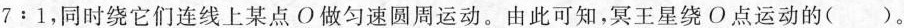
$$7:1$$，同时绕它们连线上某点O做匀速圆周运动。由此可知，冥王星绕O点运动的()。